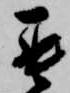
罷